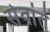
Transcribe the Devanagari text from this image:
सेवांते